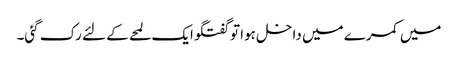
میں کمرے میں داخل ہوا تو گفتگو ایک لمحے کے لئے رک گئی۔